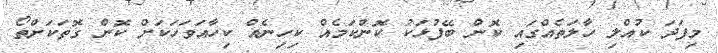
މިފަދަ ކުއްލި ހާލަތެއްގައި ކޮން ބޭފުޅަކު ކޮންކަމެއް ކިހިނެއް ކިހާއަވަހަކަށް ކޮން ގޮތަކަށްތޯ